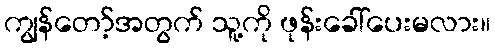
ကျွန်တော့်အတွက် သူ့ကို ဖုန်းခေါ်ပေးမလား။